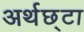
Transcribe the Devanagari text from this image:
अर्थछ्टा